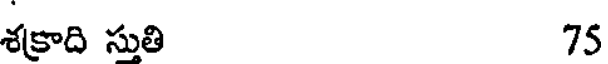
శక్రాది సుతి 75